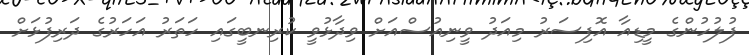
ފުލުހުންގެ މީޑިއާ އޮފިސަރު މިއަދު ވީނިއުސްއަށް ވިދާޅުވީ ކުރިނބީގައި ހަތަރު އަހަރުގެ ދަރިފުޅަށް